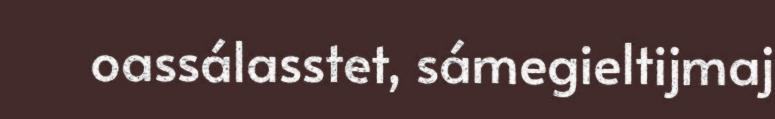
oassálasstet, sámegieltijmaj